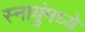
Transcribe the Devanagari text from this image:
स्नायुंमध्ये